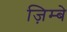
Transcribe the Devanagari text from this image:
ज़िम्बे